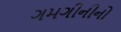
ગમગીનીનો